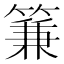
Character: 䈴